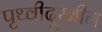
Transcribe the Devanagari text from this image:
पृथ्वीदूरबीन